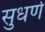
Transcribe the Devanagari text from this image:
सुधर्ण